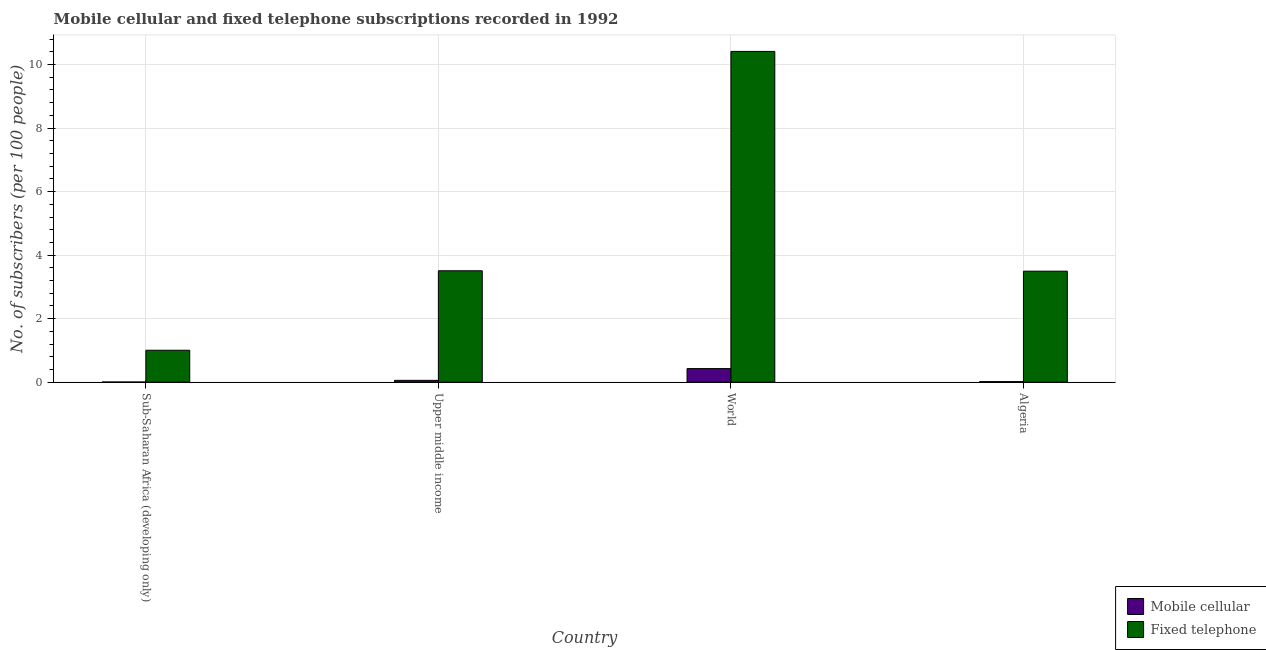
| Country | Mobile cellular | Fixed telephone |
 | --- | --- | --- |
 | Sub-Saharan Africa (developing only) | 0.00348 | 1 |
 | Upper middle income | 0.0568 | 3.51 |
 | World | 0.427 | 10.4 |
 | Algeria | 0.0174 | 3.49 |